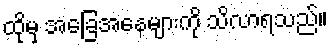
ထိုမှ အခြေအနေများကို သိလာရသည်။